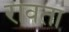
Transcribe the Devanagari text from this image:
रावता